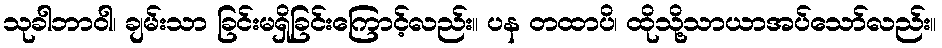
သုခါဘာဝါ၊ ချမ်းသာ ခြင်းမရှိခြင်းကြောင့်လည်း။ ပန တထာပိ၊ ထိုသို့သာယာအပ်သော်လည်း။